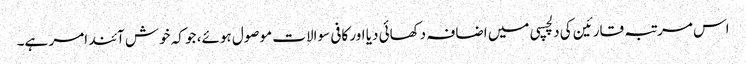
اس مرتبہ قارئین کی دلچسپی میں اضافہ دکھائی دیا اور کافی سوالات موصول ہوئے، جو کہ خوش آئند امر ہے۔